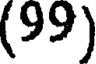
(99)